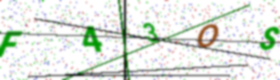
Text: F43OS